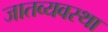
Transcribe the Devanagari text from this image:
जातव्यवस्था